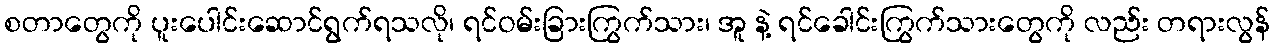
စတာတွေကို ပူးပေါင်းဆောင်ရွက်ရသလို၊ ရင်ဝမ်းခြားကြွက်သား၊ အူ နဲ့ ရင်ခေါင်းကြွက်သားတွေကို လည်း တရားလွန်